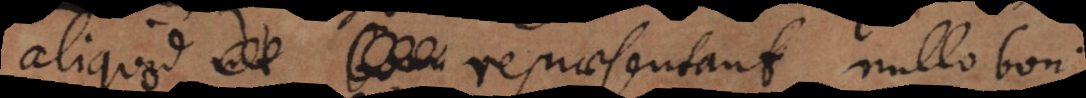
aliquod repraesentant nullo boni